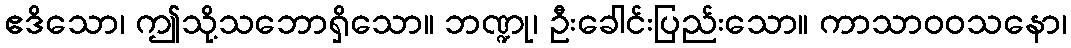
ဧဒိသော၊ ဤသို့သဘောရှိသော။ ဘဏ္ဍု၊ ဦးခေါင်းပြည်းသော။ ကာသာဝဝသနော၊